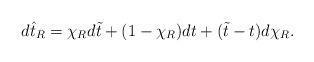
LaTeX: \begin{align*}d\hat{t}_{R}= \chi_{R} d\tilde{t}+ (1- \chi_{R})dt+ (\tilde{t}- t)d\chi_{R}.\end{align*}